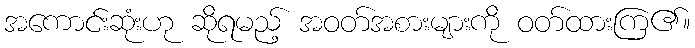
အကောင်းဆုံးဟု ဆိုရမည့် အဝတ်အစားများကို ဝတ်ထားကြ၏။